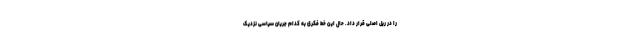
را در ریل اصلی قرار داد. حال این خط فکری به کدام جریان سیاسی نزدیک